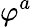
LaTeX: \varphi^{a}